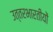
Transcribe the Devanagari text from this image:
उत्तरभारतीयों